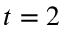
t = 2